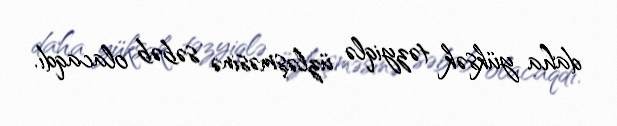
daha yüksək təzyiqlə üzləşməsinə səbəb olacaqdı.